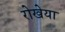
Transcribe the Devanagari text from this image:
रोखेया